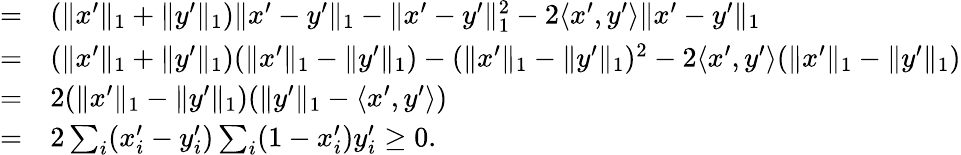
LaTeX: \begin{array}{rl}{=}&{{}(\| x^{\prime}\| _{1}+\| y^{\prime}\| _{1})\| x^{\prime}-y^{\prime}\| _{1}-\| x^{\prime}-y^{\prime}\| _{1}^{2}-2\langle x^{\prime},y^{\prime}\rangle\| x^{\prime}-y^{\prime}\| _{1}}\\ {=}&{{}(\| x^{\prime}\| _{1}+\| y^{\prime}\| _{1})(\| x^{\prime}\| _{1}-\| y^{\prime}\| _{1})-(\| x^{\prime}\| _{1}-\| y^{\prime}\| _{1})^{2}-2\langle x^{\prime},y^{\prime}\rangle(\| x^{\prime}\| _{1}-\| y^{\prime}\| _{1})}\\ {=}&{{}2(\| x^{\prime}\| _{1}-\| y^{\prime}\| _{1})(\| y^{\prime}\| _{1}-\langle x^{\prime},y^{\prime}\rangle)}\\ {=}&{{}2\sum_{i}(x_{i}^{\prime}-y_{i}^{\prime})\sum_{i}(1-x_{i}^{\prime})y_{i}^{\prime}\geq 0.}\end{array}